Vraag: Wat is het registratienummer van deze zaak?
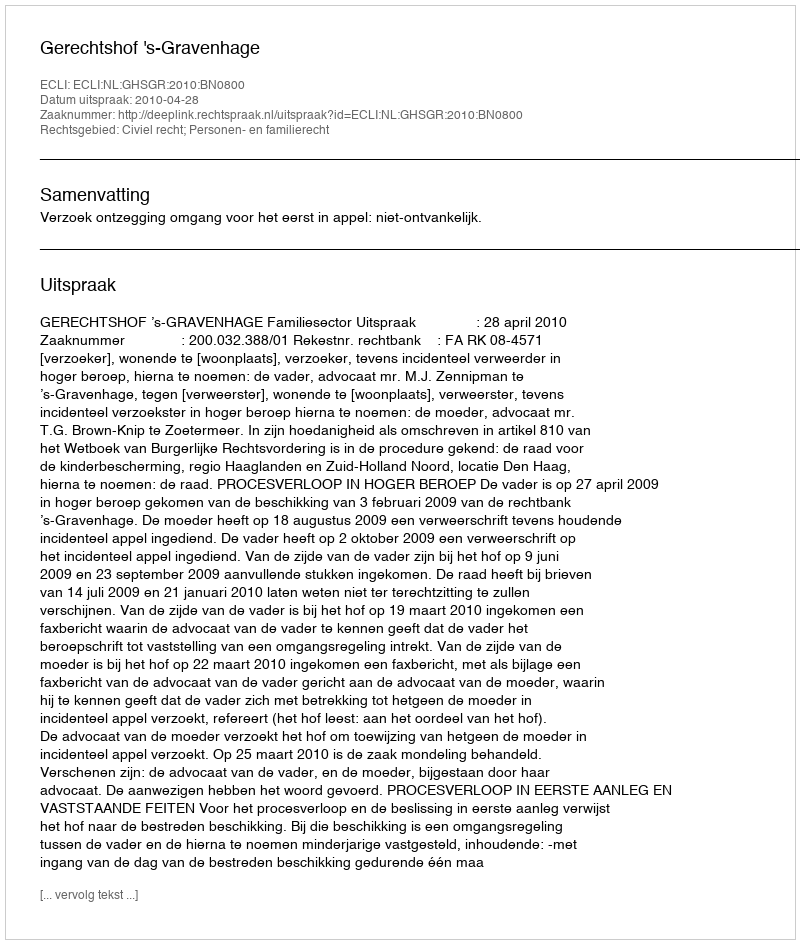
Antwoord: http://deeplink.rechtspraak.nl/uitspraak?id=ECLI:NL:GHSGR:2010:BN0800